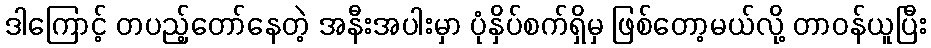
ဒါကြောင့် တပည့်တော်နေတဲ့ အနီးအပါးမှာ ပုံနှိပ်စက်ရှိမှ ဖြစ်တော့မယ်လို့ တာဝန်ယူပြီး